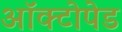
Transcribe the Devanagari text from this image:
ऑक्टोपेड